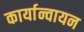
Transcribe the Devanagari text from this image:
कार्यान्वायन